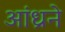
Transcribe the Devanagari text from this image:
आंध्रने